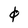
Character: 0